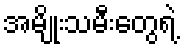
အမျိုးသမီးတွေရဲ့